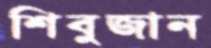
শিবুজান